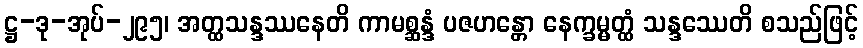
ဋ္ဌ-ဒု-အုပ်-၂၉၅၊ အတ္ထသန္ဒဿနေတိ ကာမစ္ဆန္ဒံ ပဇဟန္တော နေက္ခမ္မတ္ထံ သန္ဒဿေတိ စသည်ဖြင့်